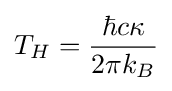
T_{H}={\frac {\hbar c\kappa }{2\pi k_{B}}}